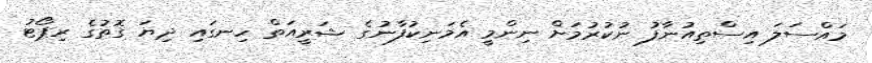
މައްސަލަ އިސްތިއުނާފު ނުކުރުމަށް ނިންމީ އެމަނިކުފާނުގެ ޝަރީއަތް ހިނގައި ދިޔަ ގޮތުގެ ރިޕޯޓު